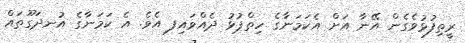
ރީތިފުޅުވެގެން އޭނާ އަށް އެކަމަނާގެ ހިތްޕުޅު ދެއްވައިފ ިއެވެ. އެ ކަމަނާގެ އުނދަގޫތައް